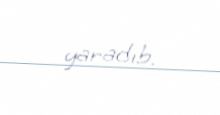
yaradıb.